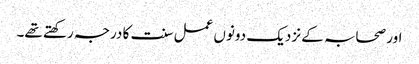
اور صحابہ کے نزدیک دونوں عمل سنت کا درجہ رکھتے تھے۔